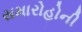
સમારોહોની